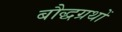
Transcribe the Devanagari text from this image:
बौद्धग्रथों